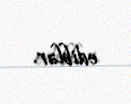
ediblər.